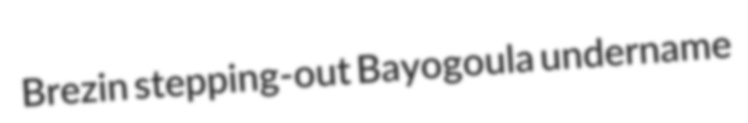
Brezin stepping-out Bayogoula undername